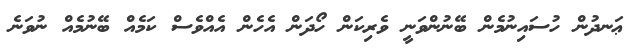
ޢަނދުން ހުސައިނުމެން ބޭނުންވަނީ ވެރިކަން ހޯދަން އެހެން އެއްވެސް ކަމެއް ބޭނުމެއް ނުވަނެ